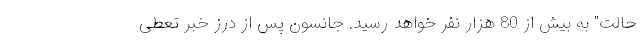
حالت" به بیش از 80 هزار نفر خواهد رسید. جانسون پس از درز خبر تعطی